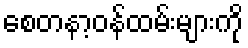
စေတနာ့ဝန်ထမ်းများကို